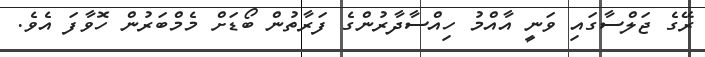
ރޭގެ ޖަލްސާގައި ވަނީ އާއްމު ހިއްސާދާރުންގެ ފަރާތުން ބޯޑަށް މެމްބަރުން ހޮވާފަ އެވެ.